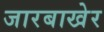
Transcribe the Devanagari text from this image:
जारबाखेर